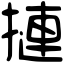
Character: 摙